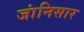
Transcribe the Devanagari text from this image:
जांनिसार